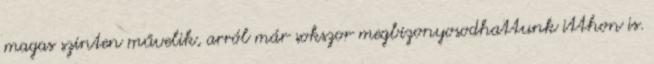
magas szinten művelik, arról már sokszor megbizonyosodhattunk itthon is.